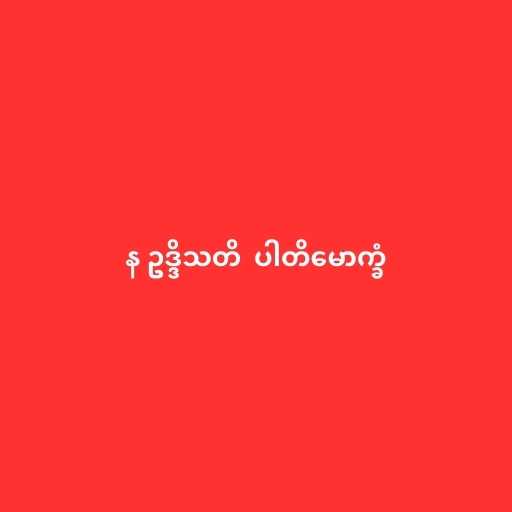
န ဥဒ္ဒိသတိ  ပါတိမောက္ခံ